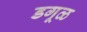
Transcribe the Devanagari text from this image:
डगूळ